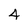
Character: 4